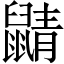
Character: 鼱